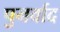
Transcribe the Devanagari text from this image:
पुनर्वाद